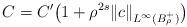
LaTeX: \begin{align*}C=C' \big(1+\rho^{2s} \| c \|_{L^\infty(B_\rho^+)} \big) \end{align*}